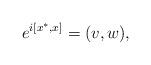
LaTeX: \begin{align*}e^{ i[x^*,x]}=(v,w),\end{align*}